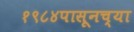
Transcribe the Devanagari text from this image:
१९८४पासूनच्या